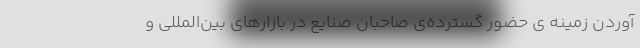
آوردن زمینه ی حضور گسترده‌ی صاحبان صنایع در بازارهای بین‌المللی و